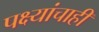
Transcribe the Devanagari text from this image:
पक्ष्यांचाही